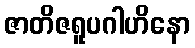
ဇာတိဇရူပဂါဟိနော